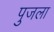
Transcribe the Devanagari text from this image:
पुजला